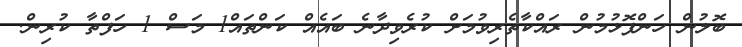
ބޮލުން ހަންފޮޅުމުން ރައްކާތެރިވުމަށް ކުރެވިދާނެ ބައެއް ކަންތައް1 މަސް 1 ހަފްތާ ކުރިން.